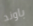
باوند